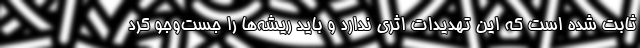
ثابت شده است که این تهدیدات اثری ندارد و باید ریشه‌ها را جست‌وجو کرد